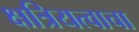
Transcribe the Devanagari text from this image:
क्षत्रियत्वाचा